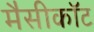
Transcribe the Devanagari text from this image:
मैसीकॉट